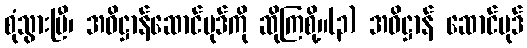
စုံသွားပြီ၊ အဓိဋ္ဌာန်ဆောင်ပုဒ်ကို ဆိုကြစို့။(၃) အဓိဋ္ဌာန် ဆောင်ပုဒ်